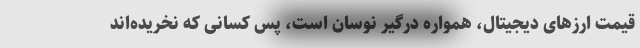
قیمت ارزهای دیجیتال، همواره درگیر نوسان است، پس کسانی که نخریده‌اند